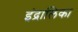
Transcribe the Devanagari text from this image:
इंद्रालिका